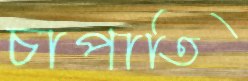
চাপাতি